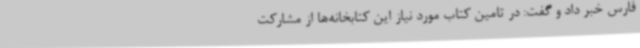
فارس خبر داد و گفت: در تامین کتاب مورد نیاز این کتابخانه‌ها از مشارکت